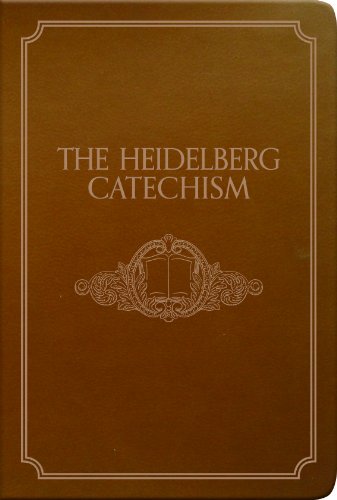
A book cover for The Heidelberg Catechism (Pocket Puritan); Zacharius Ursinus; Christian Books & Bibles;